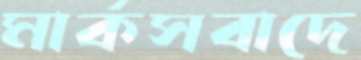
মার্কসবাদে